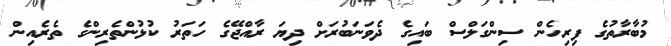
މުބާރާތުގެ ފިރިހެން ސިންގަލްސް ބައިގެ ދެވަނަބުރަށް ދިޔަ ރާއްޖޭގެ ހަތަރު ކުޅުންތެރިންގެ ތެރެއިން